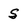
Character: S